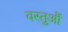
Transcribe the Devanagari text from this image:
वस्तुऔं